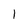
Character: 1